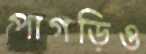
পাগড়িও